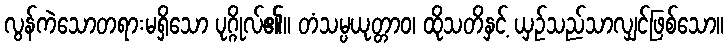
လွန်ကဲသောတရားမရှိသော ပုဂ္ဂိုလ်၏။ တံသမ္ပယုတ္တာဝ၊ ထိုသတိနှင့် ယှဉ်သည်သာလျှင်ဖြစ်သော။